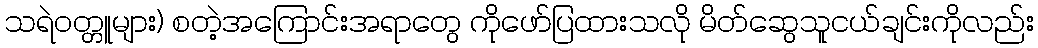
သရဲဝတ္တူများ) စတဲ့အကြောင်းအရာတွေ ကိုဖော်ပြထားသလို မိတ်ဆွေသူငယ်ချင်းကိုလည်း